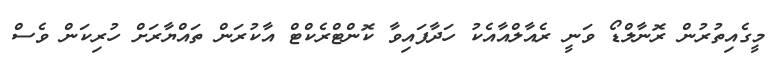
މީގެއިތުރުން ރޮނާލްޑޯ ވަނީ ރެއާލްއާއެކު ހަދާފައިވާ ކޮންޓްރެކްޓް އާކުރަން ތައްޔާރަށް ހުރިކަން ވެސް